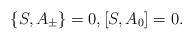
LaTeX: \begin{gather*} \{S,A_{\pm}\}=0,[S,A_{0}]=0.\end{gather*}